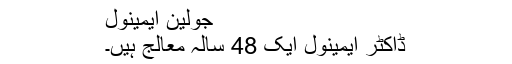
جولین ایمینول
ڈاکٹر ایمینول ایک 48 سالہ معالج ہیں۔